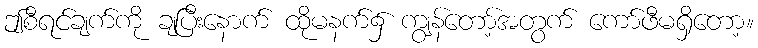
ဤစီရင်ချက်ကို ချပြီးနောက် ထိုမနက်၌ ကျွန်တော့်အတွက် ကော်ဖီမရှိတော့။